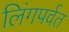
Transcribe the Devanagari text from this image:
लिंगपर्वत